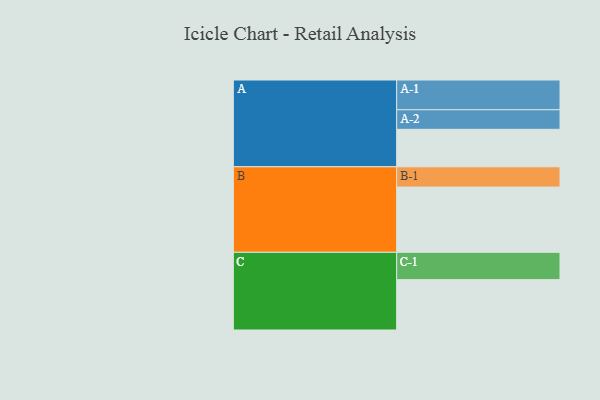
{"axis": {"x": "Segment", "y": "Value"}, "legend": ["", "A", "B", "C"], "data": [{"x": "A", "y": 325, "type": ""}, {"x": "B", "y": 566, "type": ""}, {"x": "C", "y": 437, "type": ""}, {"x": "A-1", "y": 258, "type": "A"}, {"x": "A-2", "y": 170, "type": "A"}, {"x": "B-1", "y": 176, "type": "B"}, {"x": "C-1", "y": 237, "type": "C"}]}